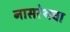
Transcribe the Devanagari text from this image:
नासरेथचा